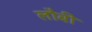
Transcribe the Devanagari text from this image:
लौबी